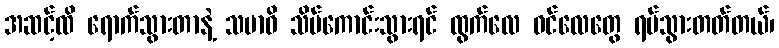
အဆင့်ထိ ရောက်သွားတာနဲ့ သမာဓိ သိပ်ကောင်းသွားရင် ထွက်လေ ဝင်လေတွေ ရပ်သွားတတ်တယ်၊